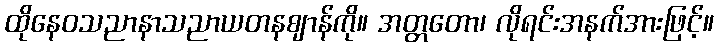
ထိုနေဝသညာနာသညာယတနဈာန်ကို။ အတ္တတော၊ လိုရင်းအနက်အားဖြင့်။